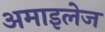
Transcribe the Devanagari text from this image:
अमाइलेज